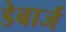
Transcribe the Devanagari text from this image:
डेबार्ज